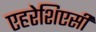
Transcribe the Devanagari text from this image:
एहरेशिएसी